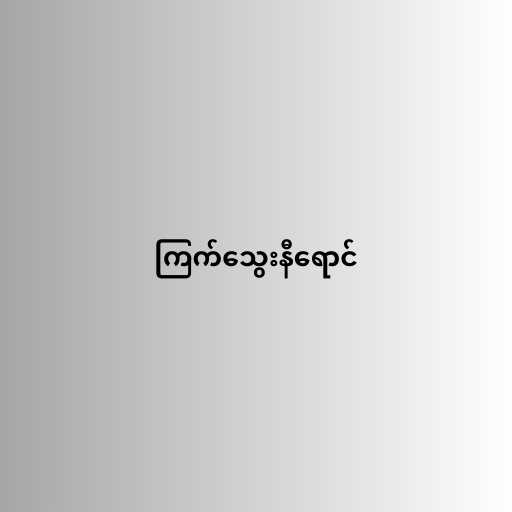
ကြက်သွေးနီရောင်